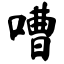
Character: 嘈